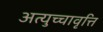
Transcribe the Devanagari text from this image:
अत्युच्चावृत्ति